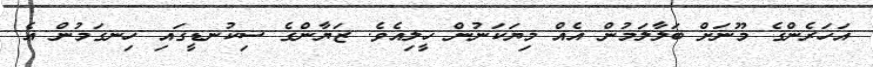
އަހަރެންގެ މޫނަށް ބަލާލަމުން އެއް މިޔަކަނުން ހީލިއެވެ. ޒަޔާންގެ ސިކުނޑީގައި ހިނގަމުން އެ